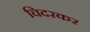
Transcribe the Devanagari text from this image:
चिदरकर